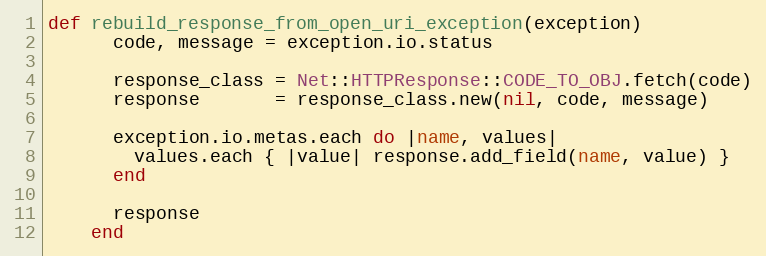
Language: Ruby
def rebuild_response_from_open_uri_exception(exception)
      code, message = exception.io.status

      response_class = Net::HTTPResponse::CODE_TO_OBJ.fetch(code)
      response       = response_class.new(nil, code, message)

      exception.io.metas.each do |name, values|
        values.each { |value| response.add_field(name, value) }
      end

      response
    end